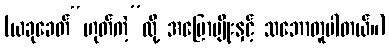
(ယခုခေတ်“ဟုတ်ကဲ့”လို့ အပြောမျိုးနှင့် သဘောတူပါတယ်။)